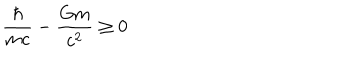
LaTeX: \frac { \hbar } { m c } - \frac { G m } { c ^ { 2 } } \geq 0